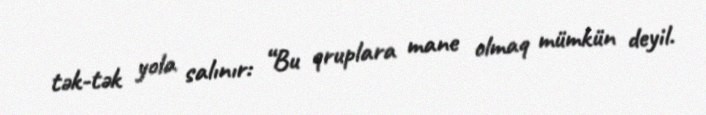
tək-tək yola salınır: “Bu qruplara mane olmaq mümkün deyil.